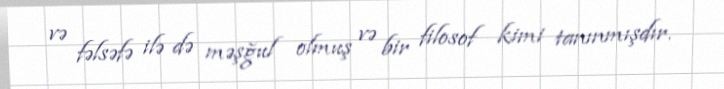
və fəlsəfə ilə də məşğul olmuş və bir filosof kimi tanınmışdır.